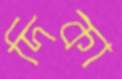
দিকা